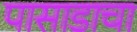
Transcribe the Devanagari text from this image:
पासाडाचा